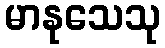
မာနုသေသု